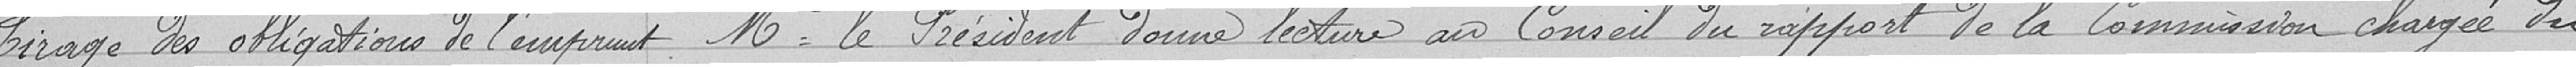
Tirage des obligations de l'emprunt   Monsieur le Président donne lecture au Conseil du rapport de la commission chargée de